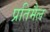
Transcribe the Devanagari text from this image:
प्रतिमैल